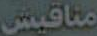
مناقيش